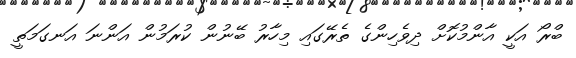
ބްރޯ އަކީ އާންމުކޮށް ދިވެހިންގެ ތެރޭގައި މިހާރު ބޭނުން ކުރަމުން އަންނަ އަނގަމަތީ